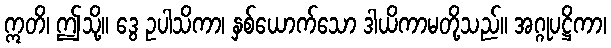
ဣတိ၊ ဤသို့။ ဒွေ ဥပါသိကာ၊ နှစ်ယောက်သော ဒါယိကာမတို့သည်။ အဂ္ဂုပဋ္ဌိကာ၊